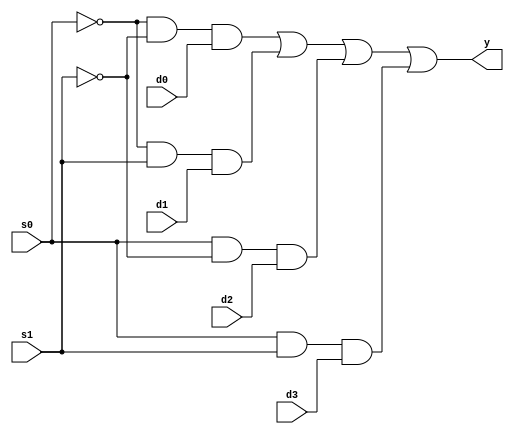
`timescale 1ns / 1ps
//////////////////////////////////////////////////////////////////////////////////
// Company: 
// 
// Design Name: 
// Module Name: mux_4x1
// Project Name: 
// Target Devices: 
// Tool Versions: 
// Description: 
// 
// Dependencies: 
// 
// Revision:
// Revision 0.01 - File Created
// Additional Comments:
// 
//////////////////////////////////////////////////////////////////////////////////


module mux_4x1(input s0,
               input s1,
               input d0,
               input d1,
               input d2,
               input d3,
               output y);
               
               assign y = (~s0 & ~s1 & d0) | (~s0 & s1 & d1) | (s0 & ~s1 & d2) | (s0 & s1 & d3);
endmodule